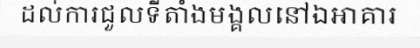
ដល់ការជួលទីតាំងមង្គលនៅឯអាគារ